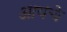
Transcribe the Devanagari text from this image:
आयचे